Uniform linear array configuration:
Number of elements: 4
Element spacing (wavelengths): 0.25
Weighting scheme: hamming
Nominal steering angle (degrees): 45
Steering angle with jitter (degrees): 45.47
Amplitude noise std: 0.05
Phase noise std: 0.05

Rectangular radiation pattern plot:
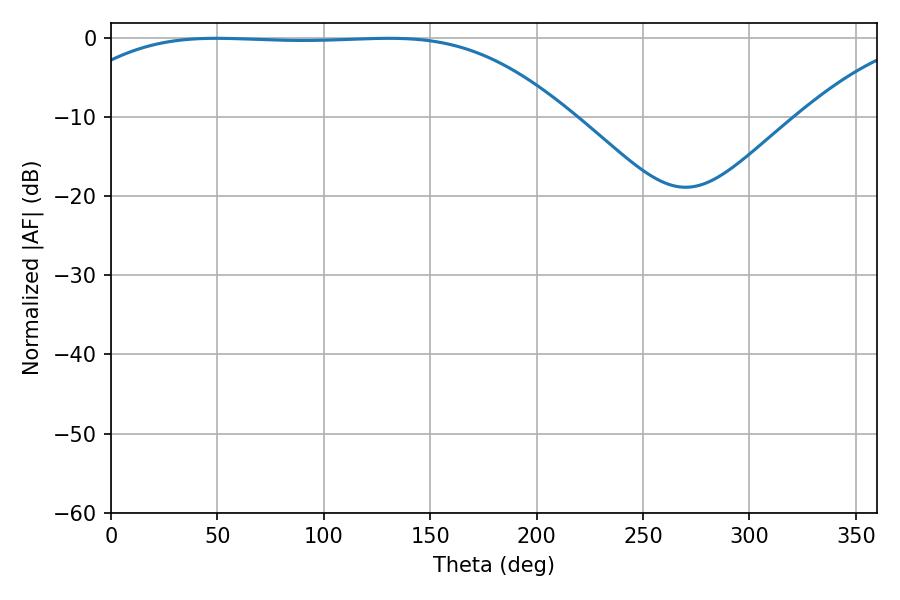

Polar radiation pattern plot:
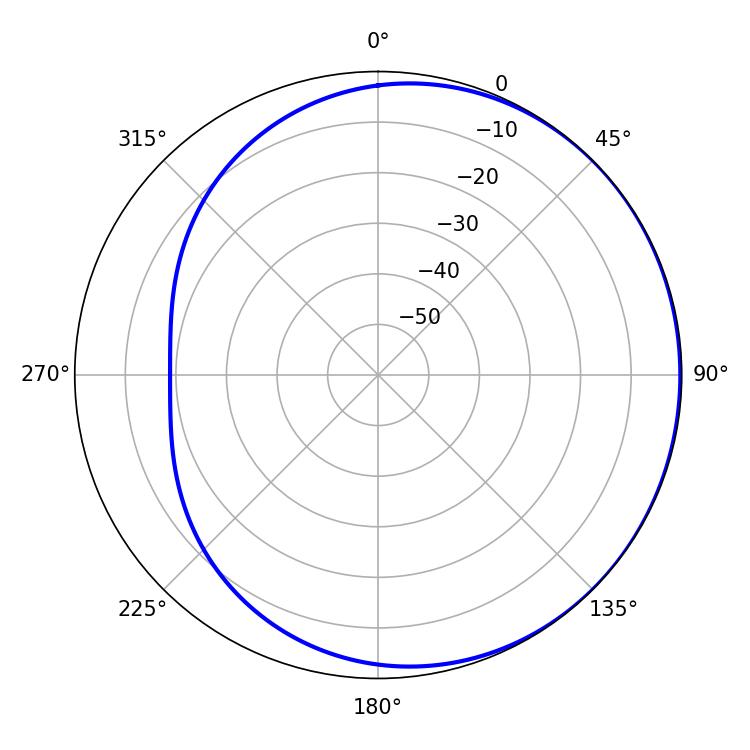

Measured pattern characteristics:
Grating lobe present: FALSE
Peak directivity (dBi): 0.5751
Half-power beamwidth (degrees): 181.98
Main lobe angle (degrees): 49.5